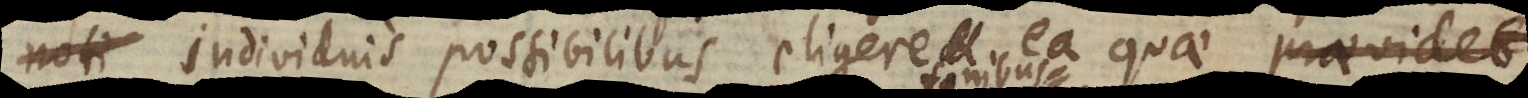
noti individuis possibilibus eligere ea quae praevidet